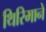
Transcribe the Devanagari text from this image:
थिरिमाने